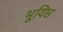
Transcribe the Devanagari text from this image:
भूयिष्ठ